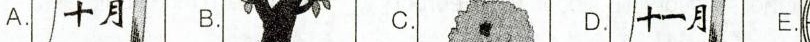
A. B. C. D. E.